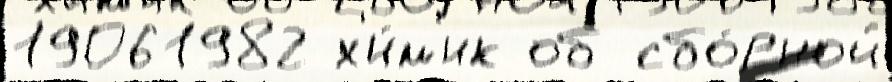
19061982 х'и́м'ик об сбо́рной